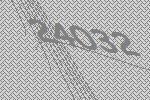
24032